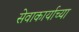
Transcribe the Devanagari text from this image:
सेवाकार्याच्या